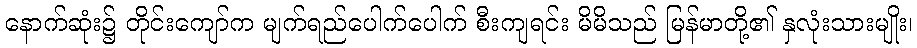
နောက်ဆုံး၌ တိုင်းကျော်က မျက်ရည်ပေါက်ပေါက် စီးကျရင်း မိမိသည် မြန်မာတို့၏ နှလုံးသားမျိုး၊